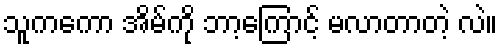
သူကကော အိမ်ကို ဘာ့ကြောင့် မလာတာတဲ့ လဲ။